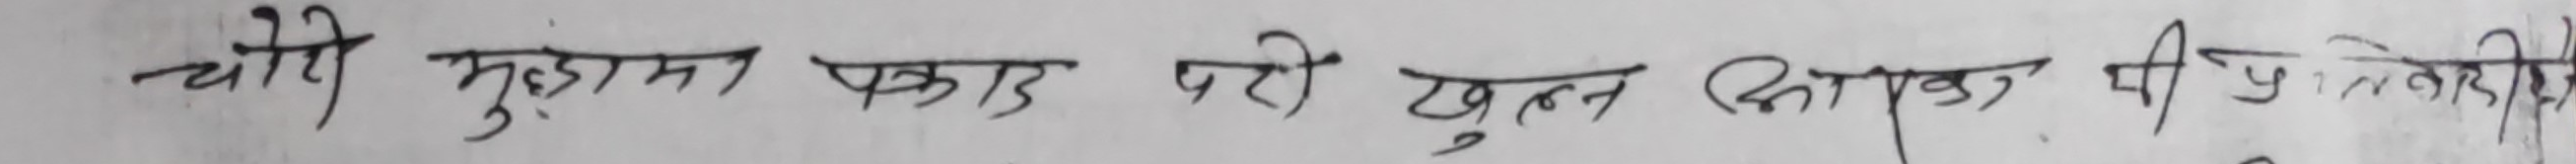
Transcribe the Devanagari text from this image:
चोये मुहामा फाड पटी खुलत किलाफ पीड खेतीडी